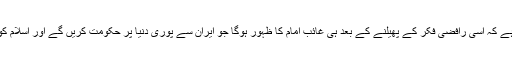
انہوں نے یہ عقیده گڑھ لیا ہے کہ اسى رافضى فکر کے پھیلنے کے بعد ہى غائب امام کا ظہور ہوگا جو ایران سے پورى دنیا پر حکومت کریں گے اور اسلام کو امریکہ تک پھیلائیں گے۔